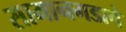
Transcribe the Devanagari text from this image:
सामानगडाचे